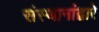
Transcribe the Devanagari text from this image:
संस्थानांद्वारे